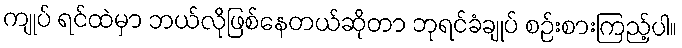
ကျုပ် ရင်ထဲမှာ ဘယ်လိုဖြစ်နေတယ်ဆိုတာ ဘုရင်ခံချုပ် စဉ်းစားကြည့်ပါ။